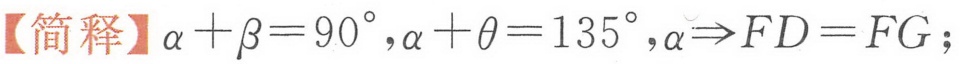
【简释】\(\alpha+\beta = 90^{\circ},\alpha+\theta = 135^{\circ},\alpha\Rightarrow FD = FG\)；